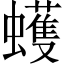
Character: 蠖